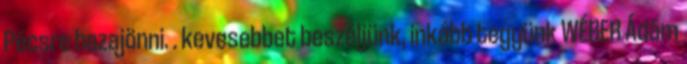
Pécsre hazajönni. . kevesebbet beszéljünk, inkább tegyünk WÉBER Ádám